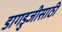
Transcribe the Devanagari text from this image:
डागडुजीसाठी